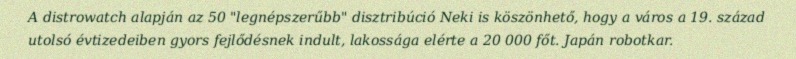
A distrowatch alapján az 50 "legnépszerűbb" disztribúció Neki is köszönhető, hogy a város a 19. század utolsó évtizedeiben gyors fejlődésnek indult, lakossága elérte a 20 000 főt. Japán robotkar.